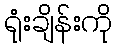
ရုံးချိန်းကို